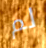
لم